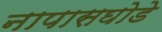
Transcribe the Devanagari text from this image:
नापासघोडे